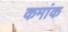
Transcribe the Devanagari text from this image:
कमांक